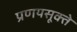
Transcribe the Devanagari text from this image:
प्रणयसूक्ते